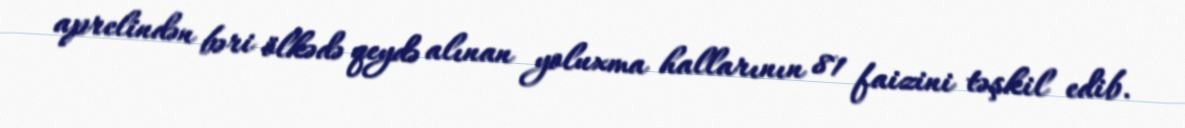
aprelindən bəri ölkədə qeydə alınan yoluxma hallarının 81 faizini təşkil edib.